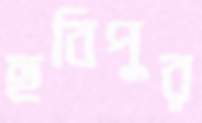
ছবিপুর